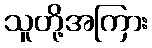
သူတို့အကြား